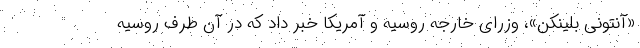
«آنتونی بلینکن»، وزرای خارجه روسیه و آمریکا خبر داد که در آن طرف روسیه